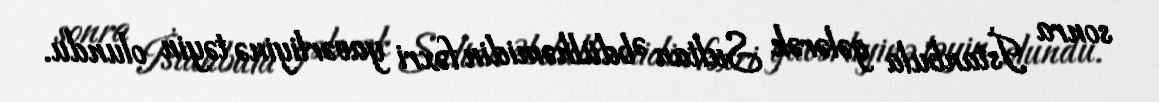
sonra İstanbula gələrək Sultan Əbdülhəmidin fəxri yavərliyinə təyin olundu.